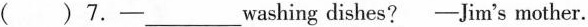
()7.-___ washing dishes?-Jim's mother.